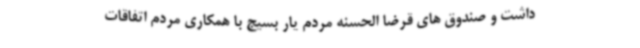
داشت و صندوق های قرضا الحسنه مردم یار بسیج با همکاری مردم اتفاقات